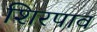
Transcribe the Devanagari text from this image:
शिरपाव